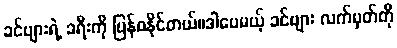
ခင်ဗျားရဲ့ ခရီးကို ပြန်စနိုင်တယ်။ဒါပေမယ့် ခင်ဗျား လက်မှတ်ကို